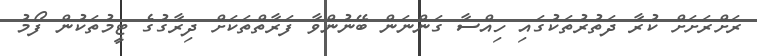
ރަށްރަށަށް ކުރާ ދަތުރުތަކުގައި ހިއްސާ ގަންނަން ބޭނުންވާ ފަރާތްތަކަށް ދިރާގުގެ ޓީމުތަކުން ފޯމު